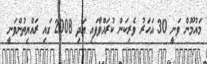
މައުމޫން ވަނީ 30 އަހަރު ވެރިކަން ކުރައްވާފައި އަދި 2008 ގައި ރައްޔިތުންވަނީ